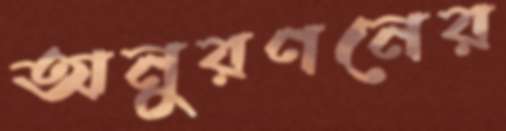
অনুরণনের